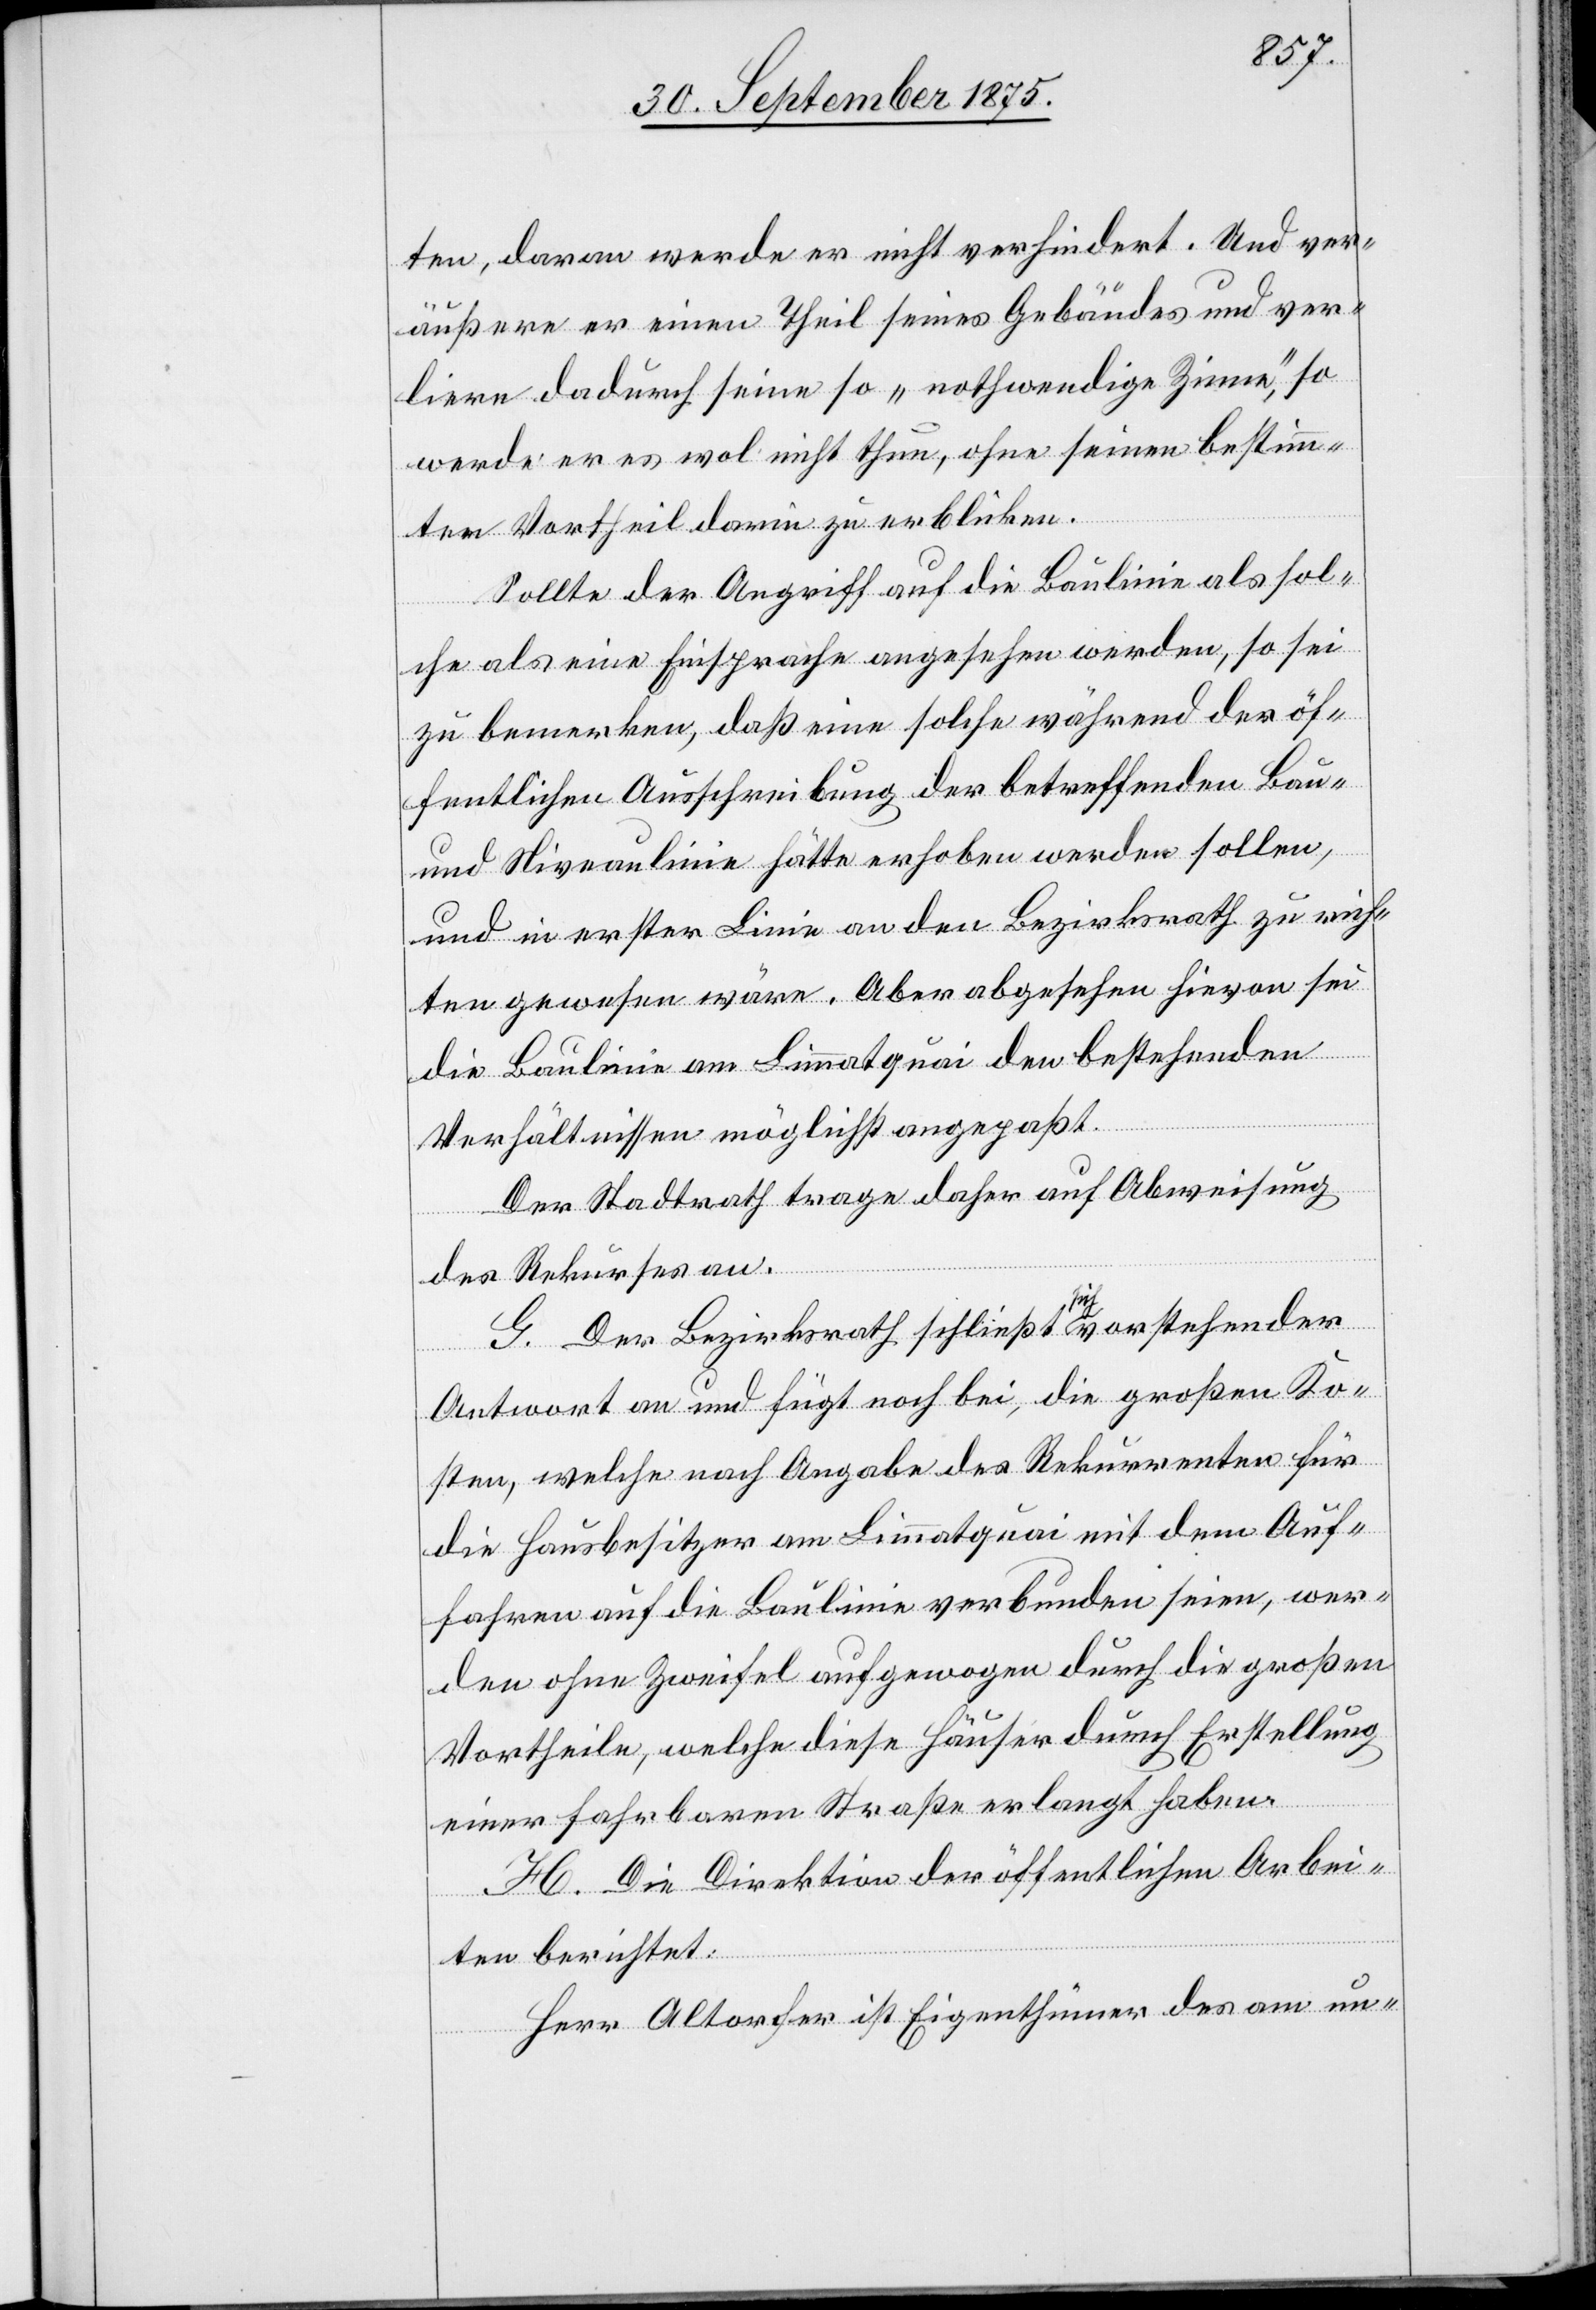
ten, daran werde er nicht verhindert. Und ver¬
äußere er einen Theil seines Gebäudes und ver¬
liere dadurch seine so „nothwendige Zinne“ so
werde er es wol nicht thun, ohne seinen bestimm¬
ten Vortheil darin zu erblicken.
Sollte der Angriff auf die Baulinie als sol¬
che als eine Einsprache angesehen werden, so sei
zu bemerken, daß eine solche während der öf¬
fentlichen Ausschreibung der betreffenden Bau-
und Niveaulinie hätte erhoben werden sollen,
und in erster Linie an den Bezirksrath zu rich¬
ten gewesen wäre. Aber abgesehen hievon sei
die Baulinie am Limmatquai den bestehenden
Verhältnissen möglichst angepaßt.
Der Stadtrath trage daher auf Abweisung
des Rekurses an.
G. Der Bezirksrath schließt sich vorstehender
Antwort an und fügt noch bei, die großen Ko¬
sten, welche nach Angabe des Rekurrenten für
die Hausbesitzer am Limmatquai mit dem Auf¬
fahren auf die Baulinie verbunden seien, wer¬
den ohne Zweifel aufgewogen durch die großen
Vortheile, welche diese Häuser durch Erstellung
einer fahrbaren Straße erlangt haben.
H. Die Direktion der öffentlichen Arbei¬
ten berichtet:
Herr Altorfer ist Eigenthümer des am un-